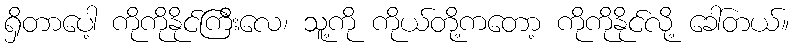
ရှိတာပေါ့ ကိုကိုနိုင်ကြီးလေ၊ သူ့ကို ကိုယ်တို့ကတော့ ကိုကိုနိုင်လို့ ခေါ်တယ်။